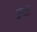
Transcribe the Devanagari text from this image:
मुद्दों।